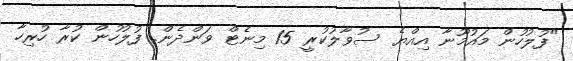
"ފުލުހުން މައުމޫނާ އިއްޔެ ސުވާލުކުރީ 15 މިނެޓް ވަންދެން. ފުލުހުން ކުރާ ހުރިހާ